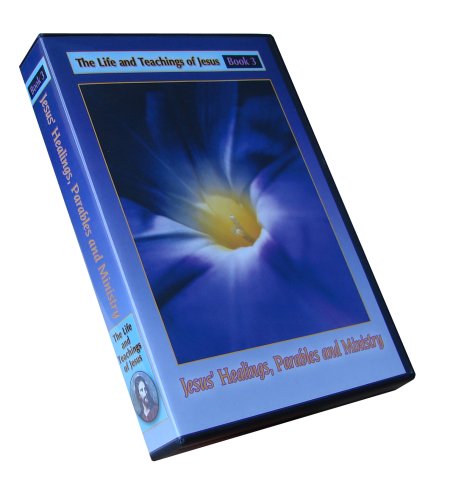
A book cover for The Urantia Book Part IV: Jesus' Healings, Parables and Ministry - Book 3; Divine Counselor Et-al; Religion & Spirituality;